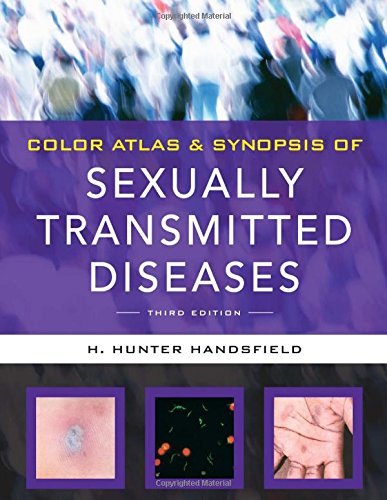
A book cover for Color Atlas & Synopsis of Sexually Transmitted Diseases, Third Edition (Handsfield, Color Atlas & Synopsis of Sexually Transmitted Diseases); Hunter Handsfield; Health, Fitness & Dieting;